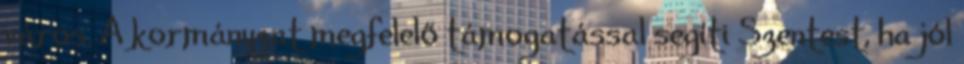
város. A kormányzat megfelelő támogatással segíti Szentest, ha jól